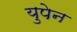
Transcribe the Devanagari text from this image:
युपेन